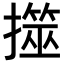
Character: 𢶅